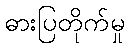
ဓားပြတိုက်မှု